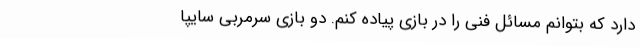
دارد که بتوانم مسائل فنی را در بازی پیاده کنم. دو بازی سرمربی سایپا